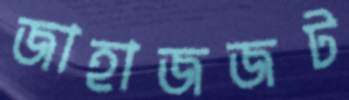
জাহাজজট